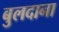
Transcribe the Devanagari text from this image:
बुलदाना